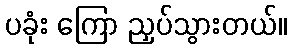
ပခုံး ကြော ညှပ်သွားတယ်။